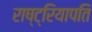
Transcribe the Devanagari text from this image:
राष्ट्रियापति